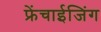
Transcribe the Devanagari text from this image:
फ्रेंचाईजिंग